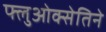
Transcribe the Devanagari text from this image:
फ्लुओक्सेतिने